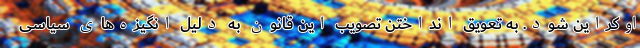
اوکراین شود. به تعویق انداختن تصویب این قانون به دلیل انگیزه‌های سیاسی